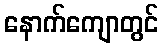
နောက်ကျောတွင်